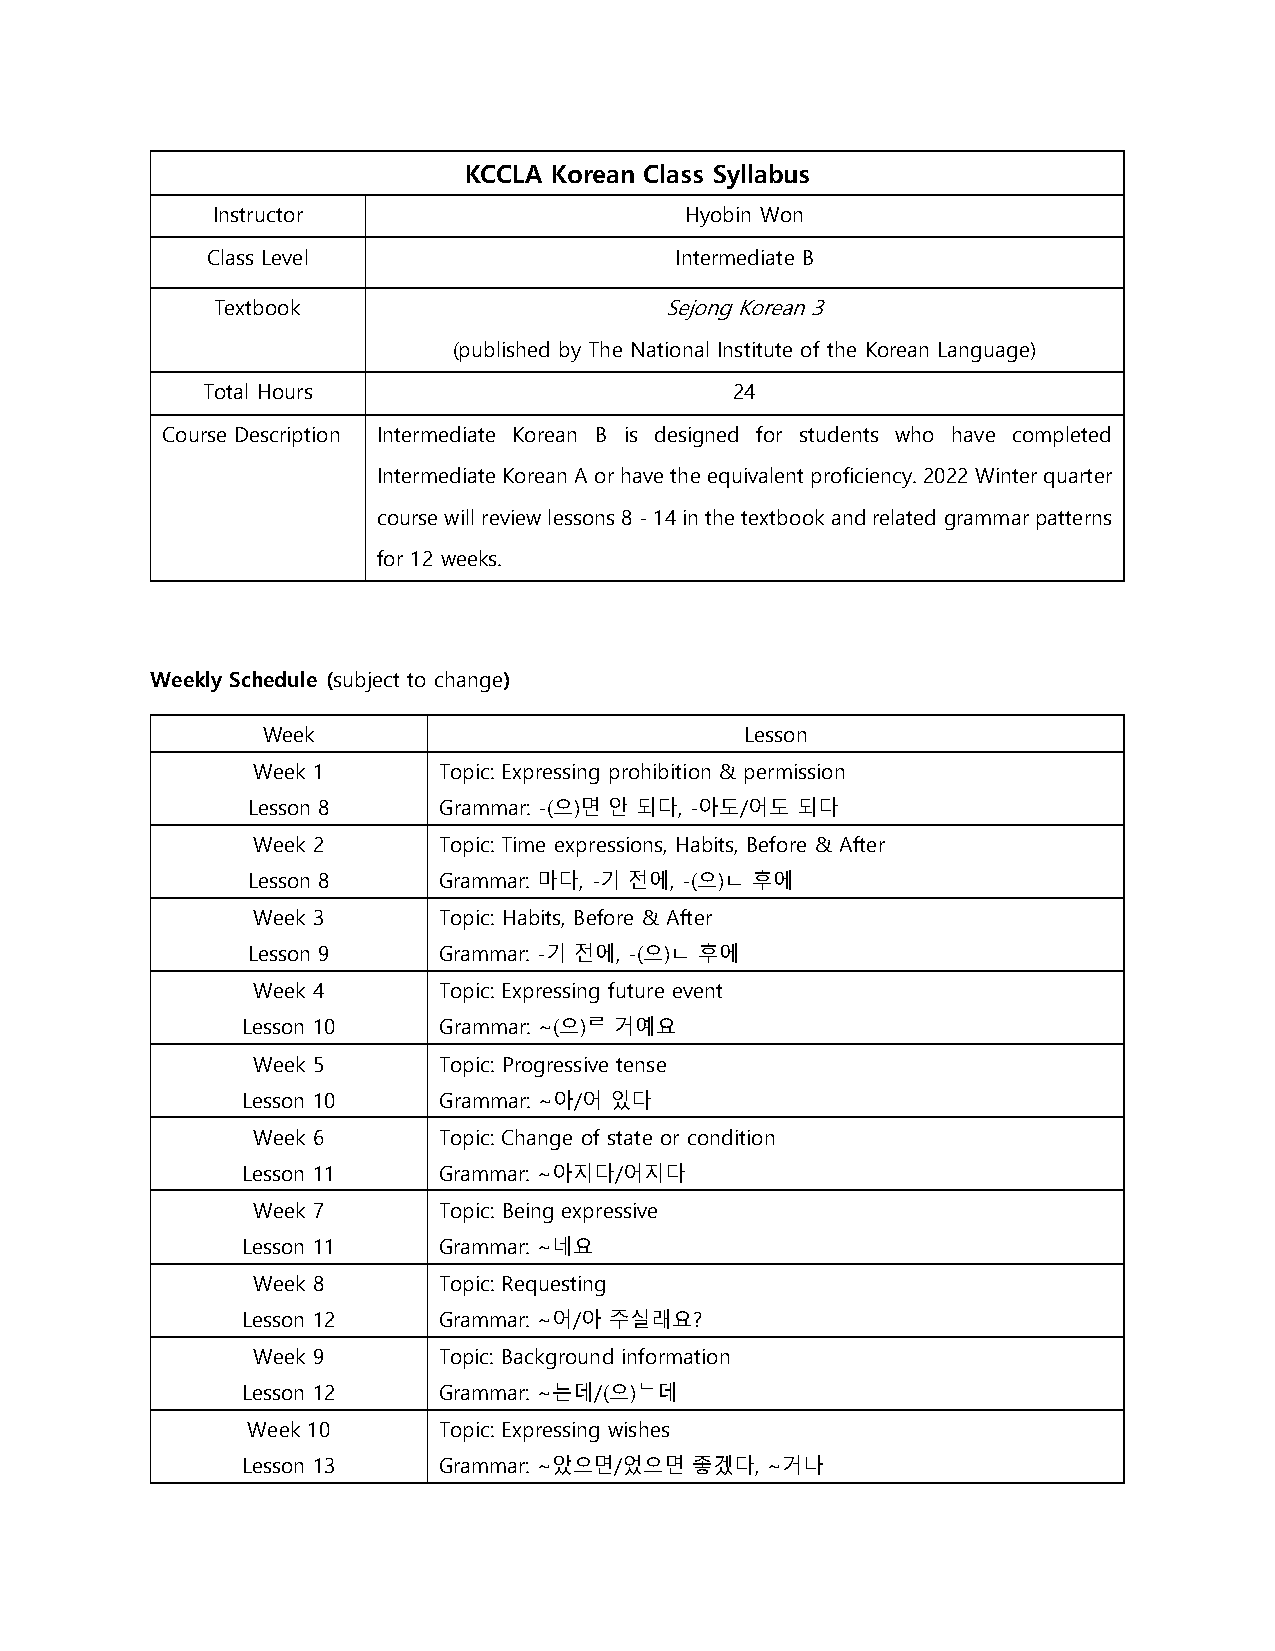
KCCLA Korean Class Syllabus
 Instructor                     Hyobin Won
 Class Level                    Intermediate B
 Textbook                      Sejong Korean 3
 (published by The National Institute of the Korean Language)
 Total Hours                         24
 Course Description Intermediate Korean B is designed for students who have completed
 Intermediate Korean A or have the equivalent proficiency. 2022 Winter quarter
 course will review lessons 8 - 14 in the textbook and related grammar patterns
 for 12 weeks.
 Weekly Schedule (subject to change)
 Week                            Lesson
 Week 1      Topic: Expressing prohibition & permission
 Lesson 8     Grammar: -(으)면 안 되다, -아도/어도 되다
 Week 2      Topic: Time expressions, Habits, Before & After
 Lesson 8     Grammar: 마다, -기 전에, -(으)ㄴ 후에
 Week 3      Topic: Habits, Before & After
 Lesson 9     Grammar: -기 전에, -(으)ㄴ 후에
 Week 4      Topic: Expressing future event
 Lesson 10    Grammar: ~(으)ᄅ 거예요
 Week 5      Topic: Progressive tense
 Lesson 10    Grammar: ~아/어 있다
 Week 6      Topic: Change of state or condition
 Lesson 11    Grammar: ~아지다/어지다
 Week 7      Topic: Being expressive
 Lesson 11    Grammar: ~네요
 Week 8      Topic: Requesting
 Lesson 12    Grammar: ~어/아 주실래요?
 Week 9      Topic: Background information
 Lesson 12    Grammar: ~는데/(으)ᄂ데
 Week 10      Topic: Expressing wishes
 Lesson 13    Grammar: ~았으면/었으면 좋겠다, ~거나